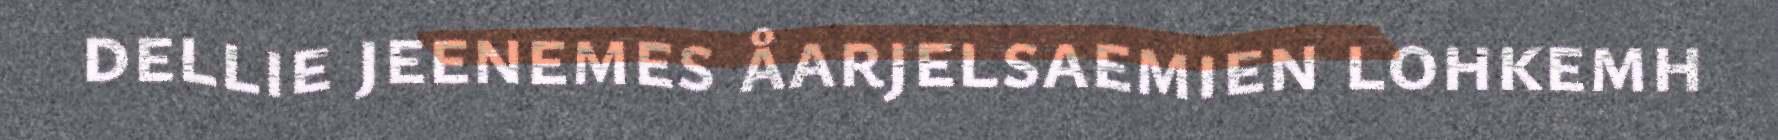
dellie jeenemes åarjelsaemien lohkemh